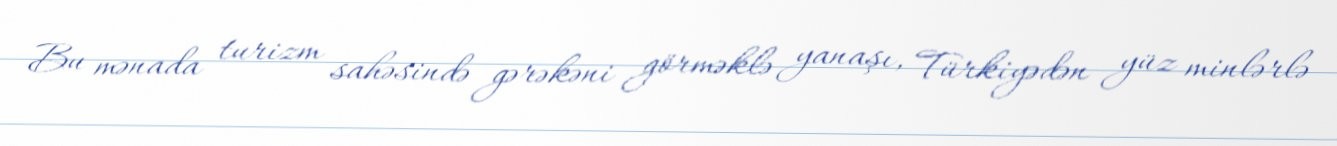
Bu mənada turizm sahəsində gərəkəni görməklə yanaşı, Türkiyədən yüz minlərlə